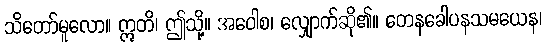
သိတော်မူလော။ ဣတိ၊ ဤသို့။ အဝေါစ၊ လျှောက်ဆို၏။ တေနခေါပနသမယေန၊